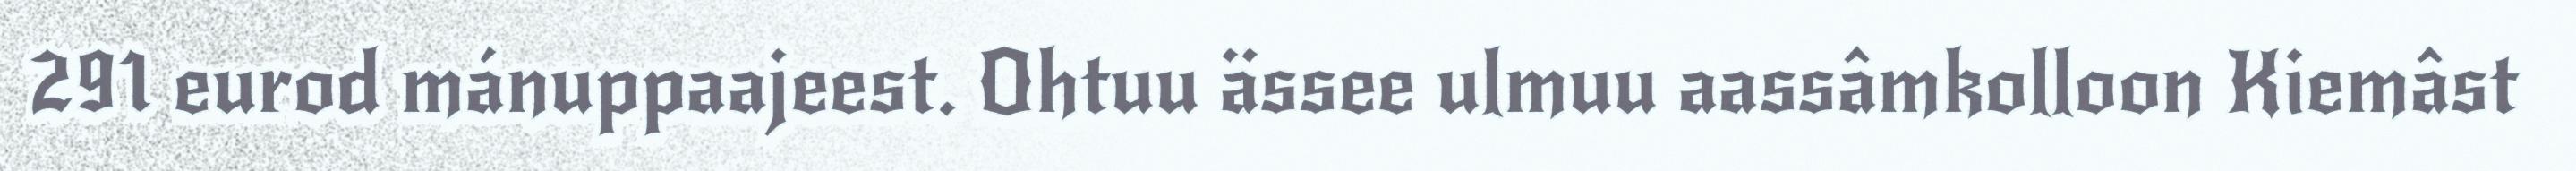
291 eurod mánuppaajeest. Ohtuu ässee ulmuu aassâmkolloon Kiemâst